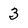
Character: 3